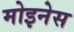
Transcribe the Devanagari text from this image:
मोइनेस